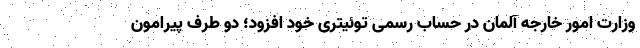
وزارت امور خارجه آلمان در حساب رسمی توئیتری خود افزود؛ دو طرف پیرامون